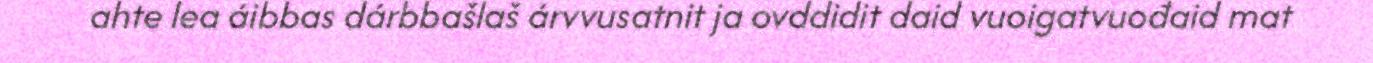
ahte lea áibbas dárbbašlaš árvvusatnit ja ovddidit daid vuoigatvuođaid mat